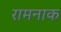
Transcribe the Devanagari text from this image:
रामनाक